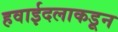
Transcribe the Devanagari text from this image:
हवाईदलाकडून